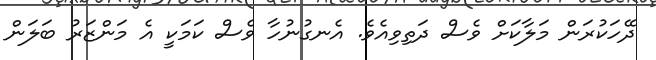
ދޭހަކުރަން މަލާކަށް ވެސް ދަތިވިއެވެ. އެނގުނުހާ ވެސް ކަމަކީ އެ މަންޒަރު ބަލަން